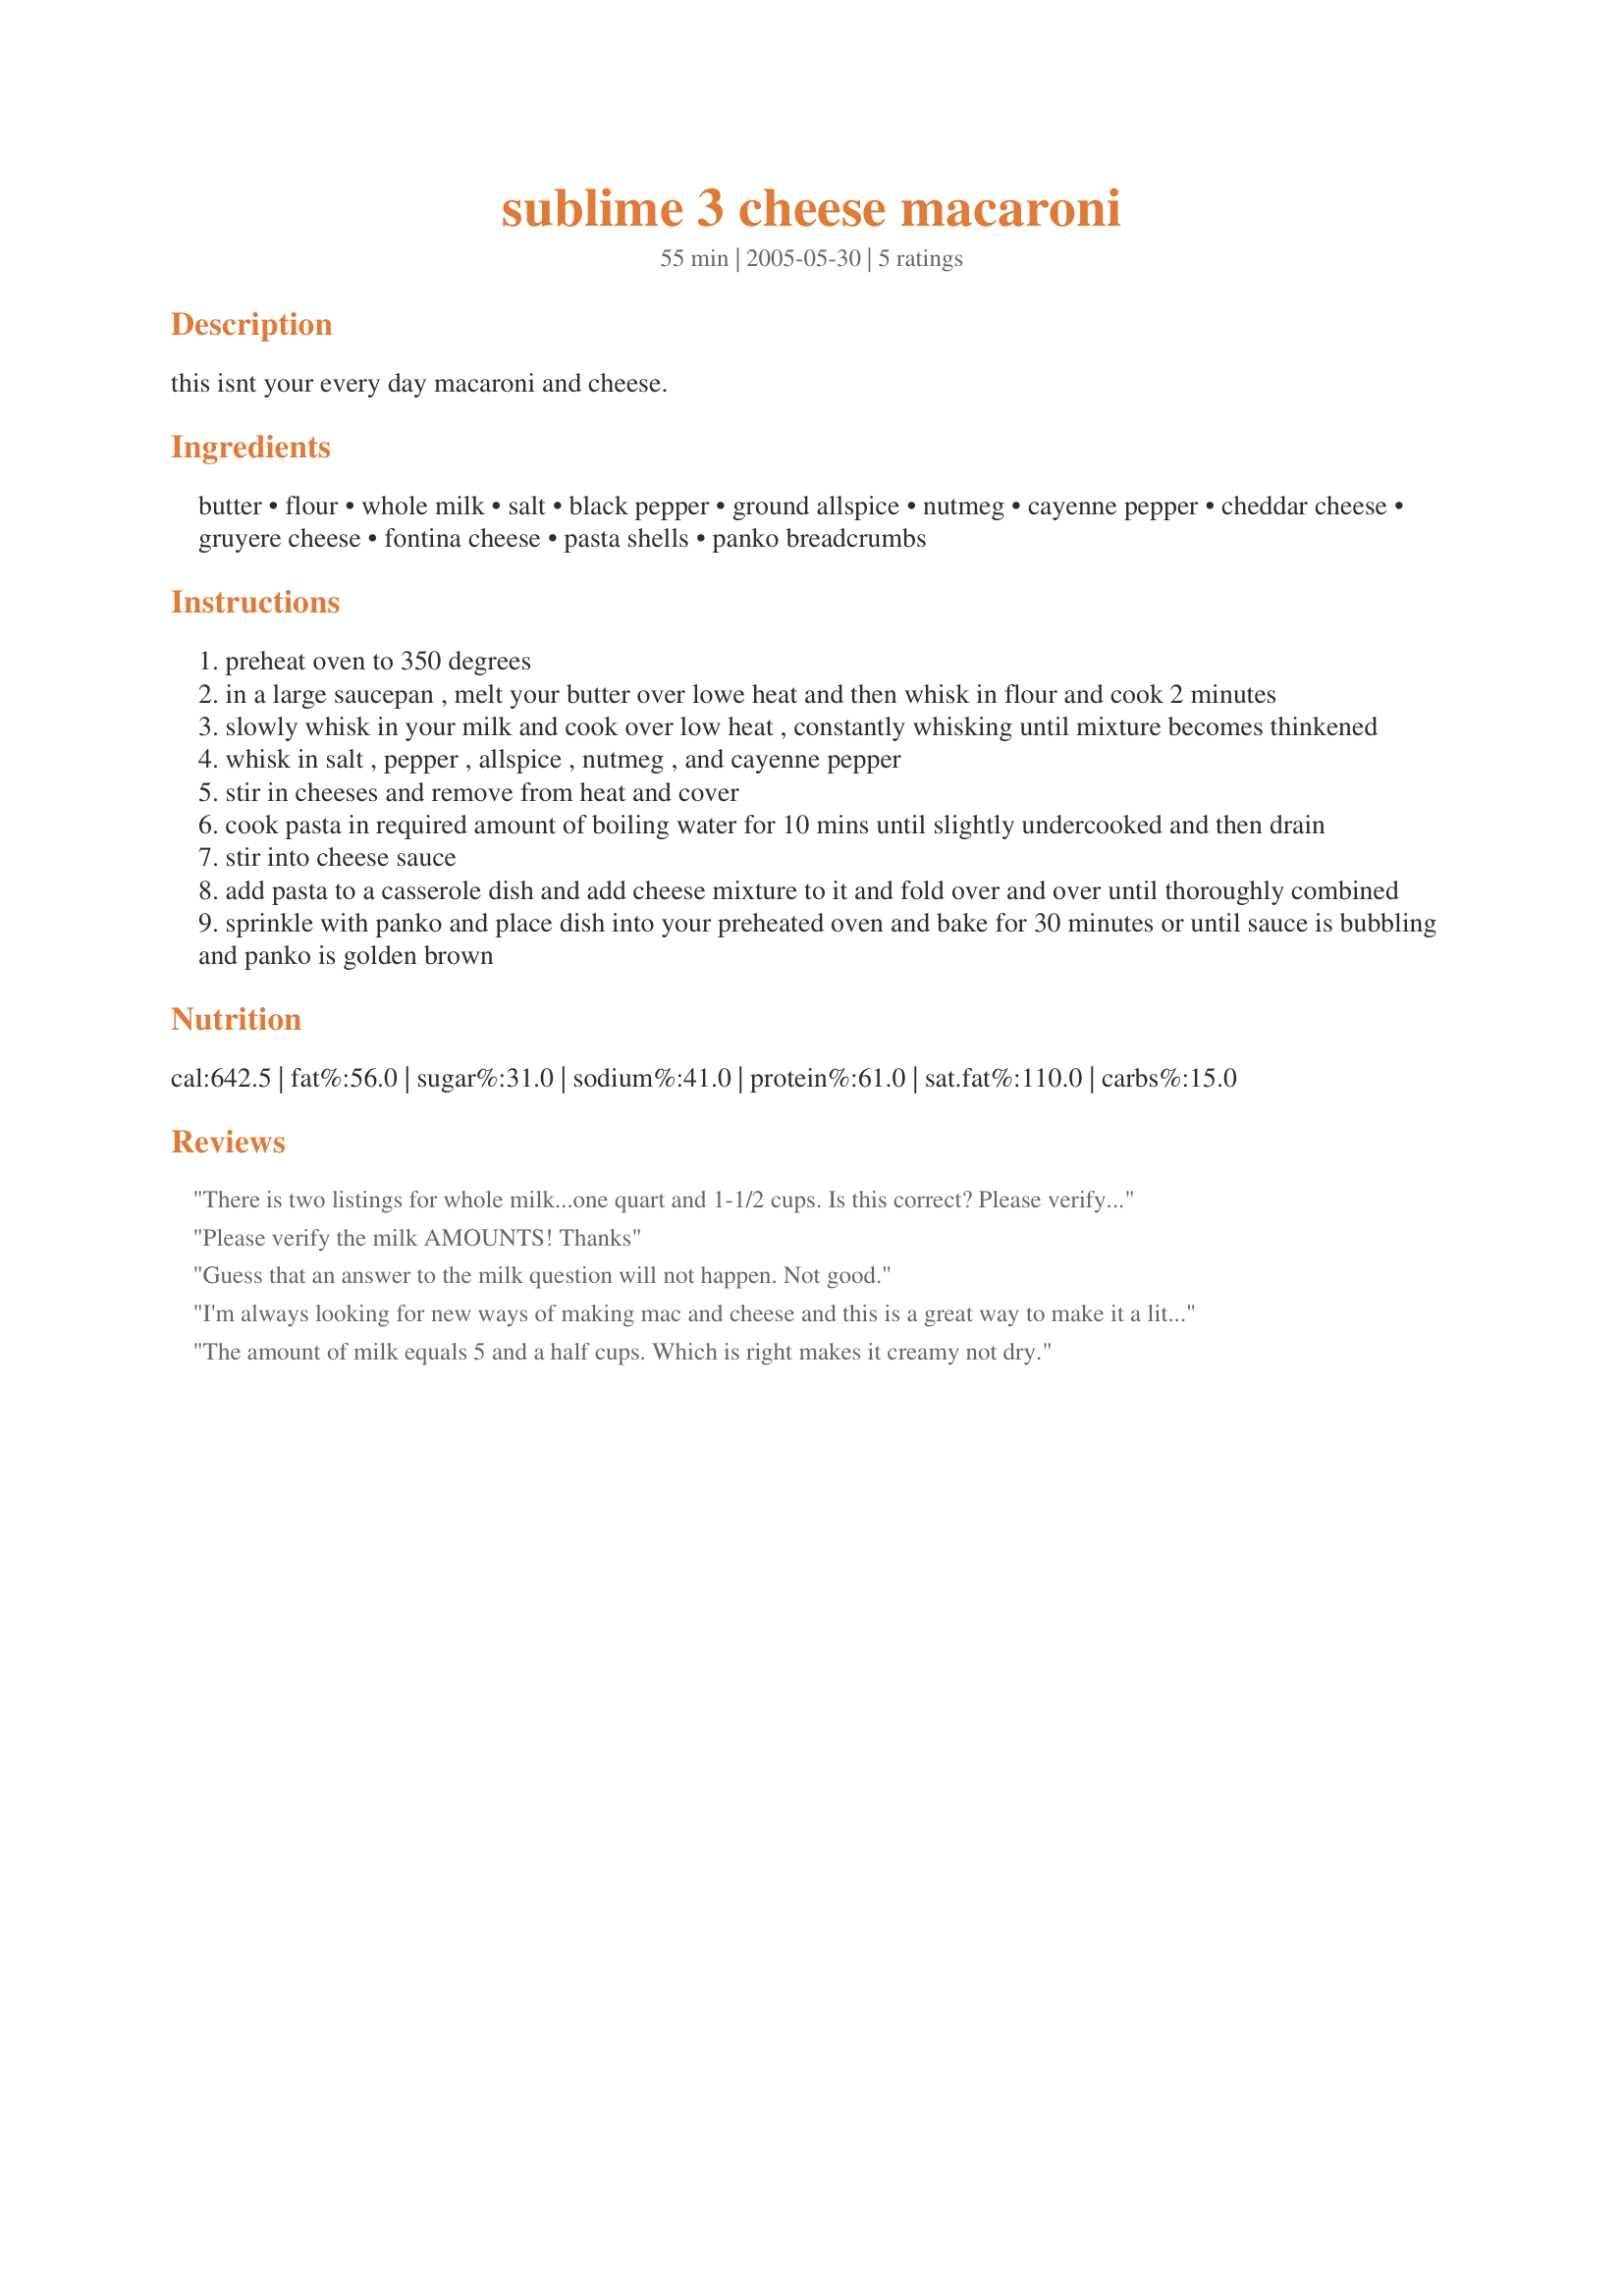
sublime 3 cheese macaroni
Preparation time: 55 minutes

this isnt your every day macaroni and cheese.

Ingredients:
butter, flour, whole milk, salt, black pepper, ground allspice, nutmeg, cayenne pepper, cheddar cheese, gruyere cheese, fontina cheese, pasta shells, panko breadcrumbs

Steps:
preheat oven to 350 degrees
in a large saucepan , melt your butter over lowe heat and then whisk in flour and cook 2 minutes
slowly whisk in your milk and cook over low heat , constantly whisking until mixture becomes thinkened
whisk in salt , pepper , allspice , nutmeg , and cayenne pepper
stir in cheeses and remove from heat and cover
cook pasta in required amount of boiling water for 10 mins until slightly undercooked and then drain
stir into cheese sauce
add pasta to a casserole dish and add cheese mixture to it and fold over and over until thoroughly combined
sprinkle with panko and place dish into your preheated oven and bake for 30 minutes or until sauce is bubbling and panko is golden brown

Reviews:
There is two listings for whole milk...one quart and 1-1/2 cups. Is this correct? Please verify milk amount needed.
Please verify the milk AMOUNTS! Thanks
Guess that an answer to the milk question will not happen. Not good.
I'm always looking for new ways of making mac and cheese and this is a great way to make it a little "fancier". I really liked the combination of the cheeses and the addition of the red pepper to spice it up a bit. I had leftovers and let me just say, it's even better the second time around! Thanks for a Mac and Cheese recipe!!!
The amount of milk equals 5 and a half cups. Which is right makes it creamy not dry.
